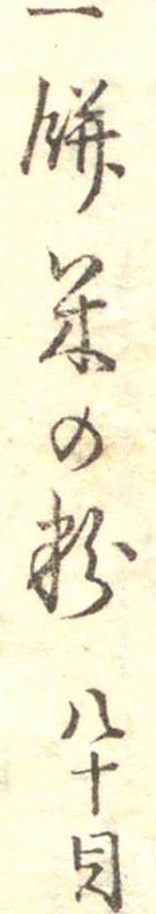
一餅米の粉八十目